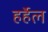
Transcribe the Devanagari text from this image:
हर्हेल